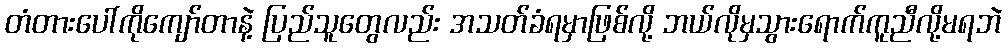
တံတားပေါ်ကိုကျော်တာနဲ့ ပြည်သူတွေလည်း အသတ်ခံရမှာဖြစ်လို့ ဘယ်လိုမှသွားရောက်ကူညီလို့မရဘဲ